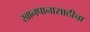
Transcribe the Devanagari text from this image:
खानपानासाठीचा